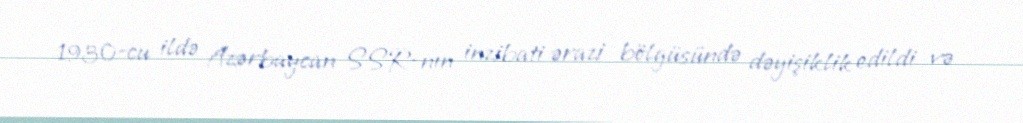
1930-cu ildə Azərbaycan SSR-nın inzibati ərazi bölgüsündə dəyişiklik edildi və